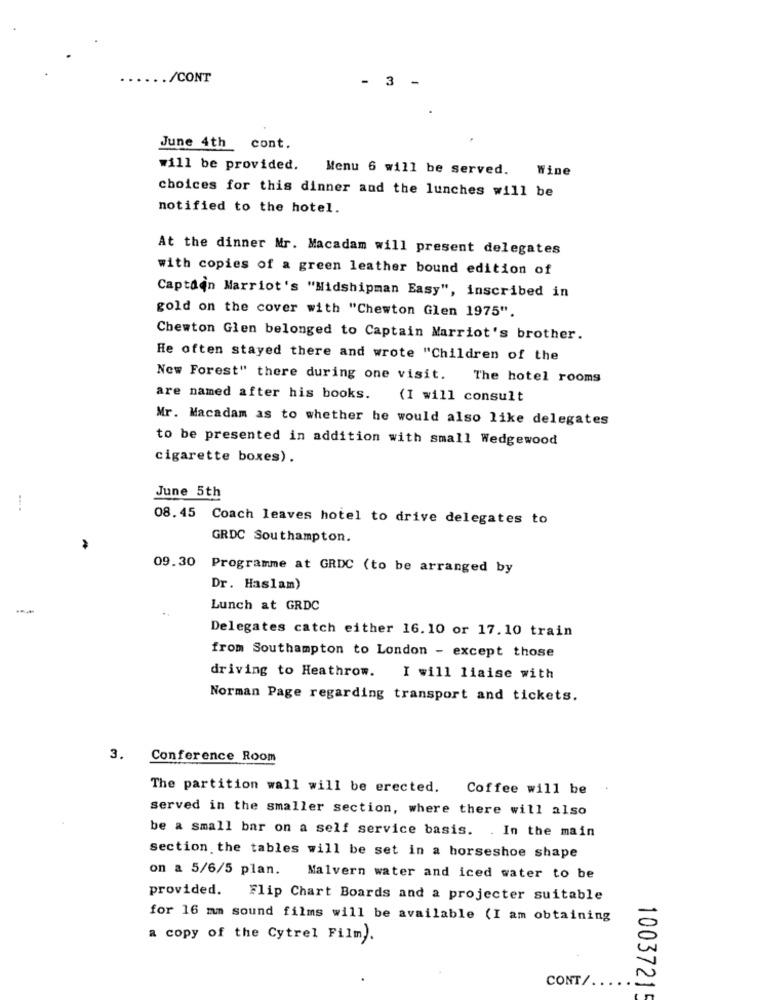
..... /CONT
- 3 -
June 4th cont.
will be provided. Menu 6 will be served.
Wine
choices for this dinner and the lunches will be
notified to the hotel.
At the dinner Mr. Macadam will present delegates
with copies of a green leather bound edition of
Captain Marriot's "Midshipman Easy", inscribed in
gold on the cover with "Chewton Glen 1975".
Chewton Glen belonged to Captain Marriot's brother.
He often stayed there and wrote "Children of the
New Forest" there during one visit. The hotel rooms
are named after his books.
(I will consult
Mr. Macadam as to whether he would also like delegates
to be presented in addition with small Wedgewood
cigarette boxes).
June 5th
08.45 Coach leaves hotel to drive delegates to
GRDC Southampton.
09.30
Programme at GRDC (to be arranged by
Dr. Haslam)
..
Lunch at GRDC
Delegates catch either 16.10 or 17.10 train
from Southampton to London - except those
driving to Heathrow. I will liaise with
Norman Page regarding transport and tickets.
3. Conference Room
The partition wall will be erected. Coffee will be
served in the smaller section, where there will also
be a small bar on a self service basis. . In the main
section the tables will be set in a horseshoe shape
on a 5/6/5 plan. Malvern water and iced water to be
provided. Flip Chart Boards and a projecter suitable
for 16 mm sound films will be available (I am obtaining
a copy of the Cytrel Film).
CONT/ .....-
10037215